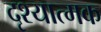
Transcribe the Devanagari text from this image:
दृश्‍यात्‍मक